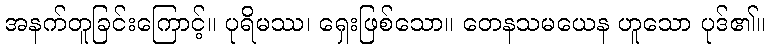
အနက်တူခြင်းကြောင့်။ ပုရိမဿ၊ ရှေးဖြစ်သော။ တေနသမယေန ဟူသော ပုဒ်၏။